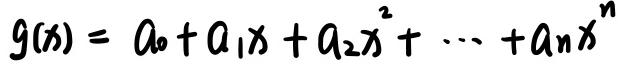
\[ g(x) = a_0 + a_1 x + a_2 x^2 + \cdots + a_n x^n \]